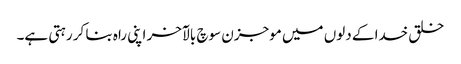
خلق خدا کے دلوں میں موجزن سوچ بالآخر اپنی راہ بنا کر رہتی ہے۔